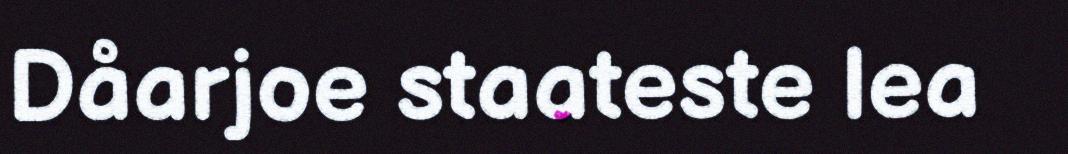
Dåarjoe staateste lea